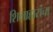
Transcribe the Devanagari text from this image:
शिलाहारांचा